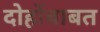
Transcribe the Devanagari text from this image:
दोहोंबाबत